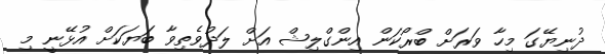
ދުނިޔޭގަ މިހާ ވަރަށް ބްރޯކަން އިންގްލިޝް އަށް ލަދުވެތިވާ ބަޔަކަށް އުޅޭނީ މި